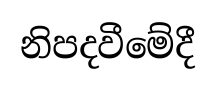
නිපදවීමේදී